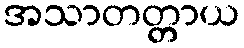
အသာတတ္တာယ